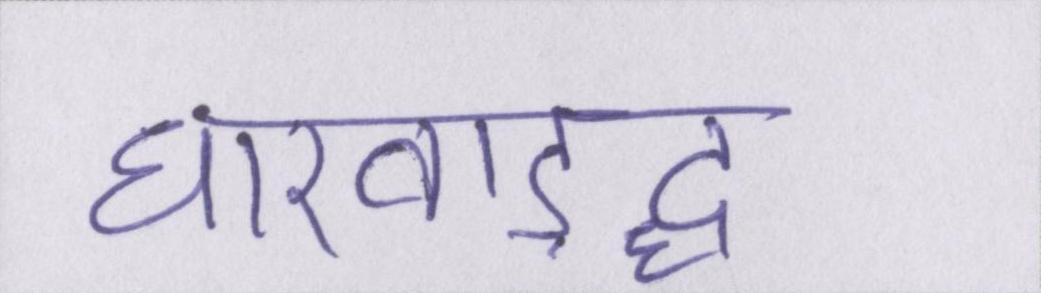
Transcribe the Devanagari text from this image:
धारवाड़द्ध